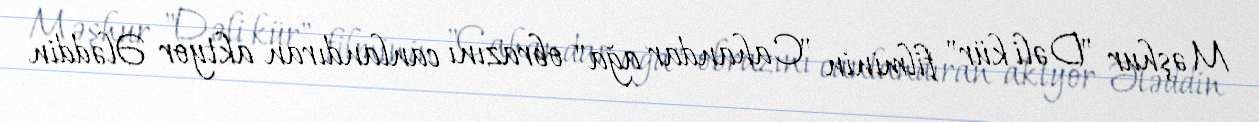
Məşhur "Dəli kür" filminin "Cahandar ağa" obrazını canlandıran aktyor Ələddin